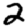
Digit: 2